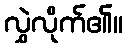
လွှဲလိုက်၏။